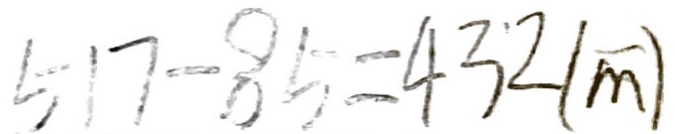
5 1 7 - 8 5 = 4 3 2 ( m )